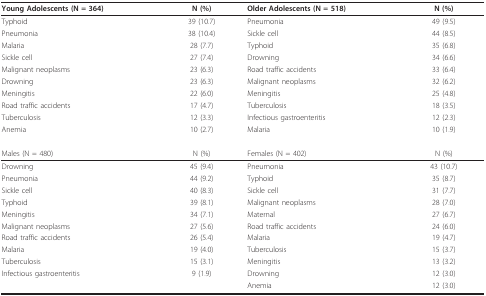
<table><thead><tr><td><b>Young Adolescents (N = 364)</b></td><td><b>N (%)</b></td><td><b>Older Adolescents (N = 518)</b></td><td><b>N (%)</b></td></tr></thead><tbody><tr><td>Typhoid</td><td>39 (10.7)</td><td>Pneumonia</td><td>49 (9.5)</td></tr><tr><td>Pneumonia</td><td>38 (10.4)</td><td>Sickle cell</td><td>44 (8.5)</td></tr><tr><td>Malaria</td><td>28 (7.7)</td><td>Typhoid</td><td>35 (6.8)</td></tr><tr><td>Sickle cell</td><td>27 (7.4)</td><td>Drowning</td><td>34 (6.6)</td></tr><tr><td>Malignant neoplasms</td><td>23 (6.3)</td><td>Road traffic accidents</td><td>33 (6.4)</td></tr><tr><td>Drowning</td><td>23 (6.3)</td><td>Malignant neoplasms</td><td>32 (6.2)</td></tr><tr><td>Meningitis</td><td>22 (6.0)</td><td>Meningitis</td><td>25 (4.8)</td></tr><tr><td>Road traffic accidents</td><td>17 (4.7)</td><td>Tuberculosis</td><td>18 (3.5)</td></tr><tr><td>Tuberculosis</td><td>12 (3.3)</td><td>Infectious gastroenteritis</td><td>12 (2.3)</td></tr><tr><td>Anemia</td><td>10 (2.7)</td><td>Malaria</td><td>10 (1.9)</td></tr><tr><td>Males (N = 480)</td><td>N (%)</td><td>Females (N = 402)</td><td>N (%)</td></tr><tr><td>Drowning</td><td>45 (9.4)</td><td>Pneumonia</td><td>43 (10.7)</td></tr><tr><td>Pneumonia</td><td>44 (9.2)</td><td>Typhoid</td><td>35 (8.7)</td></tr><tr><td>Sickle cell</td><td>40 (8.3)</td><td>Sickle cell</td><td>31 (7.7)</td></tr><tr><td>Typhoid</td><td>39 (8.1)</td><td>Malignant neoplasms</td><td>28 (7.0)</td></tr><tr><td>Meningitis</td><td>34 (7.1)</td><td>Maternal</td><td>27 (6.7)</td></tr><tr><td>Malignant neoplasms</td><td>27 (5.6)</td><td>Road traffic accidents</td><td>24 (6.0)</td></tr><tr><td>Road traffic accidents</td><td>26 (5.4)</td><td>Malaria</td><td>19 (4.7)</td></tr><tr><td>Malaria</td><td>19 (4.0)</td><td>Tuberculosis</td><td>15 (3.7)</td></tr><tr><td>Tuberculosis</td><td>15 (3.1)</td><td>Meningitis</td><td>13 (3.2)</td></tr><tr><td>Infectious gastroenteritis</td><td>9 (1.9)</td><td>Drowning</td><td>12 (3.0)</td></tr><tr><td></td><td></td><td>Anemia</td><td>12 (3.0)</td></tr></tbody></table>